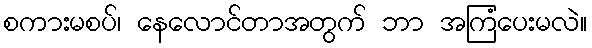
စကားမစပ်၊ နေလောင်တာအတွက် ဘာ အကြံပေးမလဲ။